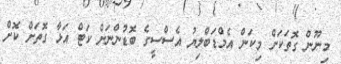
މިނޫން ގޮތަކަށް މިކަން އެމްޑަބްލިޔު އެސްސީގެ ބޮޑުންނަށް ކަޓް އަޅާ ގޮތަށް ކޮށް